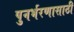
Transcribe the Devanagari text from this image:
पुनर्भरणासाठी